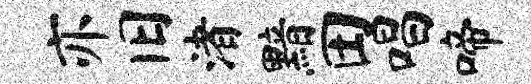
亦旧渚黯田唱啼